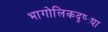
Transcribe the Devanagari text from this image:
भागोलिकदृष्ट्या